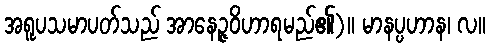
အရူပသမာပတ်သည် အာနေဉ္ဇဝိဟာရမည်၏)။ မာနပ္ပဟာန၊ လ။